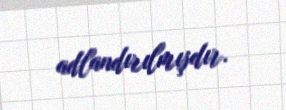
adlandırılmışdır.